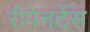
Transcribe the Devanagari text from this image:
रीपेनटेंस